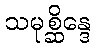
သမုစ္ဆိန္ဒေ